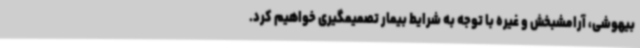
بیهوشی، آرامشبخش و غیره با توجه به شرایط بیمار تصمیمگیری خواهیم کرد.